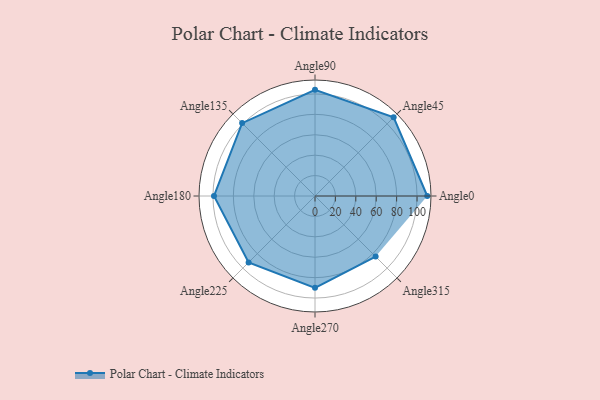
{"axis": {"x": "Angle", "y": "Radius"}, "legend": [""], "data": [{"x": "Angle0", "y": 110.0, "type": ""}, {"x": "Angle45", "y": 109.0, "type": ""}, {"x": "Angle90", "y": 104.0, "type": ""}, {"x": "Angle135", "y": 101.0, "type": ""}, {"x": "Angle180", "y": 99.0, "type": ""}, {"x": "Angle225", "y": 92.0, "type": ""}, {"x": "Angle270", "y": 90.0, "type": ""}, {"x": "Angle315", "y": 84.0, "type": ""}]}